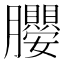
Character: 𭩖